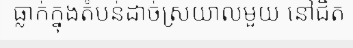
ធ្លាក់ក្នុងតំបន់ដាច់ស្រយាលមួយ នៅជិត